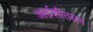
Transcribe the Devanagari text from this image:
आर्द्रशीतलन